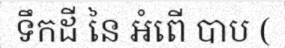
ទឹកដី នៃ អំពើ បាប (